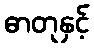
ဓာတုနှင့်